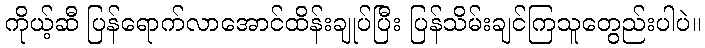
ကိုယ့်ဆီ ပြန်ရောက်လာအောင်ထိန်းချုပ်ပြီး ပြန်သိမ်းချင်ကြသူတွေည်းပါပဲ။